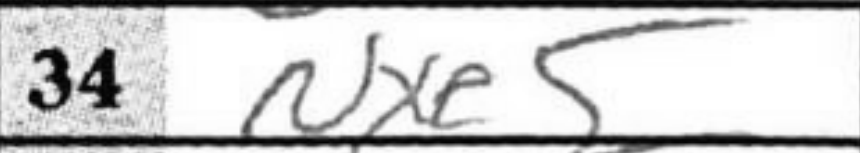
Transcription: Nxe5